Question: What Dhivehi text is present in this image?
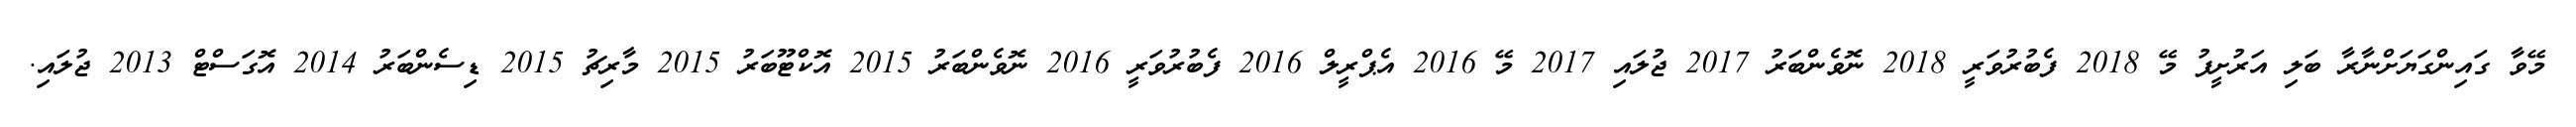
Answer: މޭވާ ގައިންގަޔަށްނާރާ ބަލި އަރުށީފު މޭ 2018 ފެބުރުވަރީ 2018 ނޮވެންބަރު 2017 ޖުލައި 2017 މޭ 2016 އެޕްރީލް 2016 ފެބުރުވަރީ 2016 ނޮވެންބަރު 2015 އޮކްޓޫބަރު 2015 މާރިޗު 2015 ޑިސެންބަރު 2014 އޮގަސްޓް 2013 ޖުލައި.